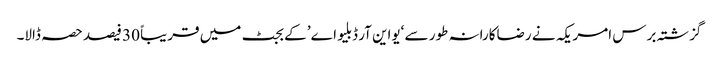
گزشتہ برس امریکہ نے رضاکارانہ طور سے ‘یواین آر ڈبلیو اے’ کے بجٹ میں قریباً 30 فیصد حصہ ڈالا۔